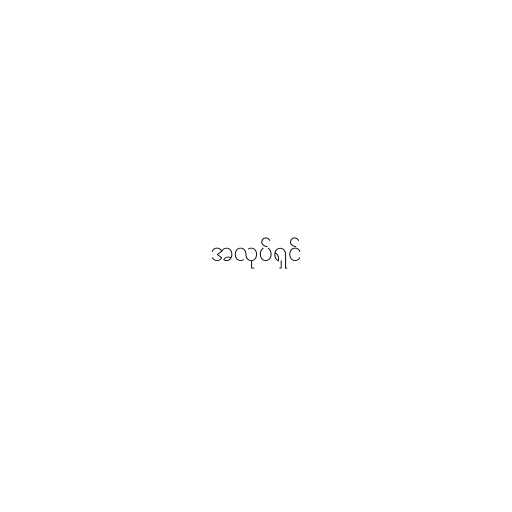
အလုပ်ရှင်